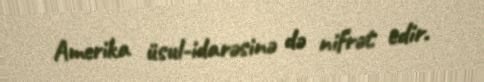
Amerika üsul-idarəsinə də nifrət edir.